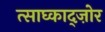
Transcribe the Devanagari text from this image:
त्साघ्काद्ज़ोर